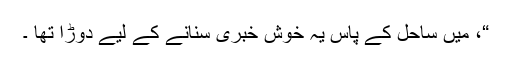
“، میں ساحل کے پاس یہ خوش خبری سنانے کے لیے دوڑا تھا ۔